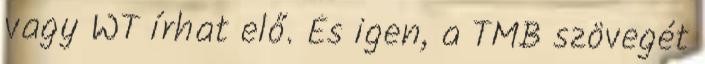
vagy WT írhat elő. És igen, a TMB szövegét